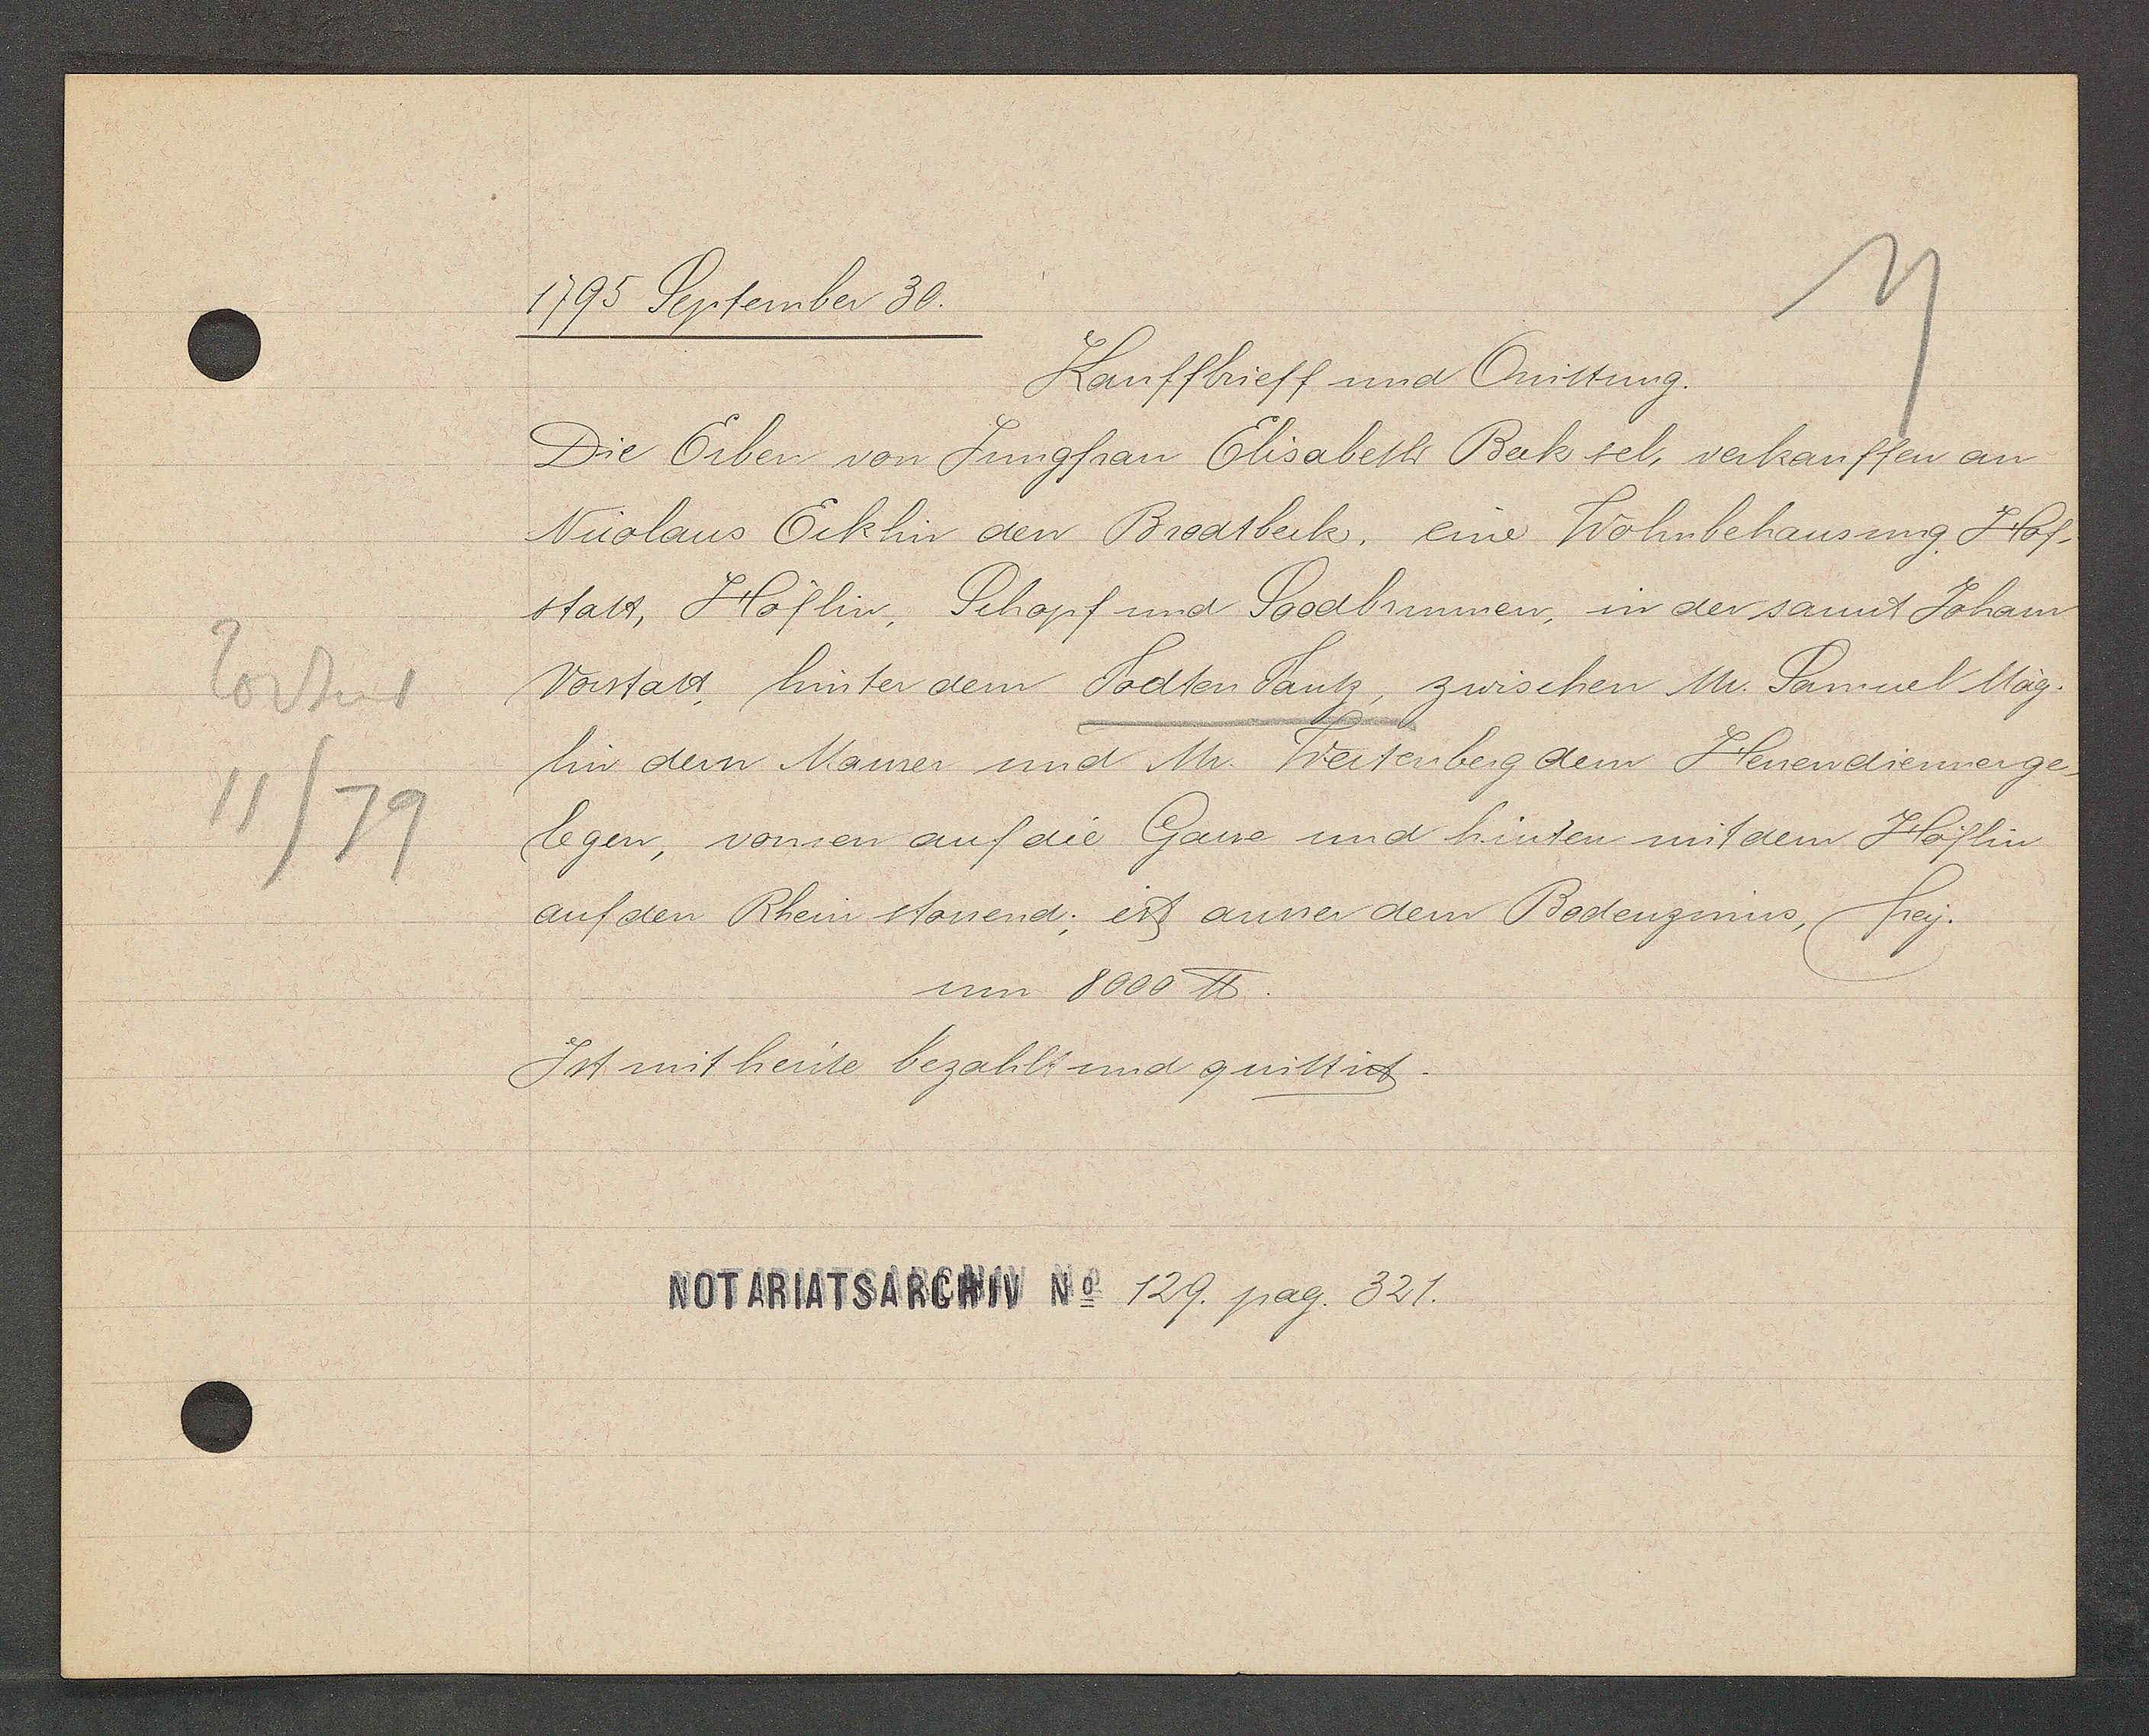
Transcript:
Todtent
11/79

1795 September 30.

Kauffbrieff und Quittung.
Die Erben von Jungfrau Elisabeth Bak sel, verkauffen an
Nicolaus Ecklin den Brodtbeck, eine Wohnbehausung Hof-
statt, Höflin, Schopf und Soodbrunnen, in der sannt Joham
Vorstatt hinter dem Todten Tantz, zwischen Mr. Samuel Mäg-
lin dem Maurer und Mr. Freitenberg dem Heuendienner ge-
legen, vonren auf die Gasse und hinten mit dem Höflin
auf den Rhein stossend; ist ausser dem Bodenzinns, frey.
um 8000 ℔.
Ist mit heute bezahlt und quittirt.

Notariatsarchiv No 129. pag. 321.